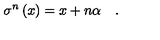
\sigma ^ { n } \left( x \right) = x + n \alpha \quad .